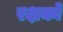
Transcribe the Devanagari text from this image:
रक्षको